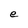
Character: e